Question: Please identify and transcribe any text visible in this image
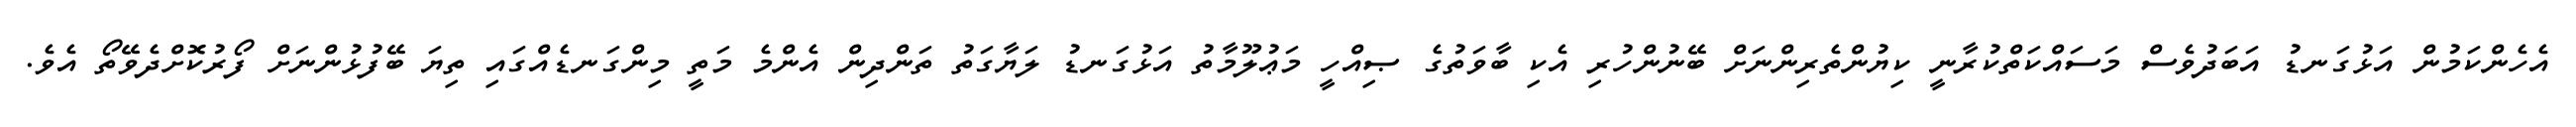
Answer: އެހެންކަމުން އަޅުގަނޑު އަބަދުވެސް މަސައްކަތްކުރާނީ ކިޔުންތެރިންނަށް ބޭނުންހުރި އެކި ބާވަތުގެ ޞިއްހީ މަޢުލޫމާތު އަޅުގަނޑު ލަޔާގަތު ތަންދިން އެންމެ މަތީ މިންގަނޑެއްގައި ތިޔަ ބޭފުޅުންނަށް ފޯރުކޮށްދެވޭތޯ އެވެ.